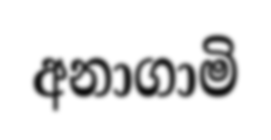
අනාගාමි